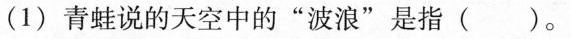
(1)青蛙说的天空中的”波浪”是指（）。